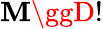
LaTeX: \mathbf{M}\ggD!